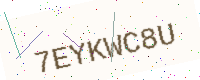
Text: 7EYKWC8U